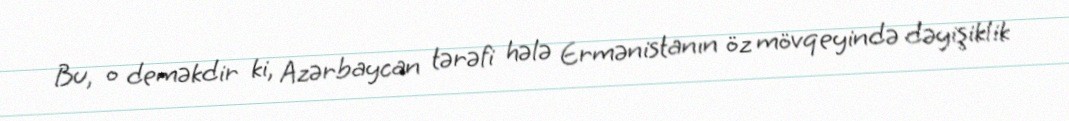
Bu, o deməkdir ki, Azərbaycan tərəfi hələ Ermənistanın öz mövqeyində dəyişiklik